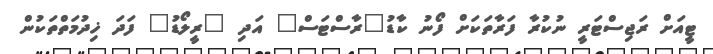
ޓީއަށް ރަޖިސްޓަރީ ނުކުރާ ފަރާތަކަށް ފޯނު ކާޑު"ރާސްޓަސް" އަދި "ރީލޯޑު" ފަދަ ޚިދުމަތްތަކުން